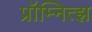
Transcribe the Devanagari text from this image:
प्रॉम्नित्झ